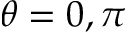
\theta = 0 , \pi